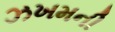
ઝખમની